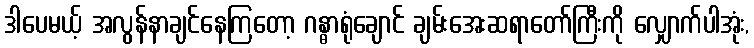
ဒါပေမယ့် အလွန်နာချင်နေကြတော့ ဂန္ဓာရုံချောင် ချမ်းအေးဆရာတော်ကြီးကို လျှောက်ပါအုံး,